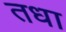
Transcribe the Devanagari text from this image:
तधा